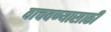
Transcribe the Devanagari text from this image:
वाचवण्‍यासाठी